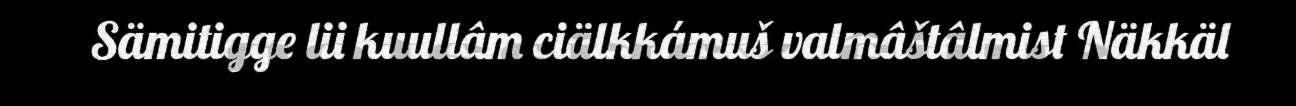
Sämitigge lii kuullâm ciälkkámuš valmâštâlmist Näkkäl